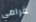
غرامي